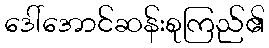
ဒေါ်အောင်ဆန်းစုကြည်၏